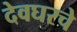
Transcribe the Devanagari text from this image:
देवघरचे